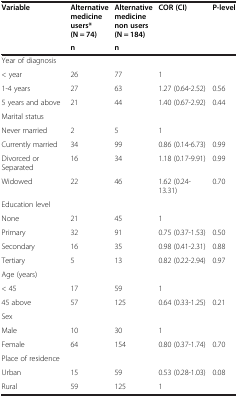
| Variable | Alternative medicine users* (N = 74) | Alternative medicine non users (N = 184) | COR (CI) | P-level |
 |  | n | n |  |  |
 | --- | --- | --- | --- | --- |
 | <COLSPAN=5> Year of diagnosis |
 | < year | 26 | 77 | 1 |  |
 | 1-4 years | 27 | 63 | 1.27 (0.64-2.52) | 0.56 |
 | 5 years and above | 21 | 44 | 1.40 (0.67-2.92) | 0.44 |
 | <COLSPAN=5> Marital status |
 | Never married | 2 | 5 | 1 |  |
 | Currently married | 34 | 99 | 0.86 (0.14-6.73) | 0.99 |
 | Divorced or Separated | 16 | 34 | 1.18 (0.17-9.91) | 0.99 |
 | Widowed | 22 | 46 | 1.62 (0.24-13.31) | 0.70 |
 | <COLSPAN=5> Education level |
 | None | 21 | 45 | 1 |  |
 | Primary | 32 | 91 | 0.75 (0.37-1.53) | 0.50 |
 | Secondary | 16 | 35 | 0.98 (0.41-2.31) | 0.88 |
 | Tertiary | 5 | 13 | 0.82 (0.22-2.94) | 0.97 |
 | <COLSPAN=5> Age (years) |
 | < 45 | 17 | 59 | 1 |  |
 | 45 above | 57 | 125 | 0.64 (0.33-1.25) | 0.21 |
 | <COLSPAN=5> Sex |
 | Male | 10 | 30 | 1 |  |
 | Female | 64 | 154 | 0.80 (0.37-1.74) | 0.70 |
 | <COLSPAN=5> Place of residence |
 | Urban | 15 | 59 | 0.53 (0.28-1.03) | 0.08 |
 | Rural | 59 | 125 | 1 |  |